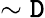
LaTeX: \sim\mathtt{D}